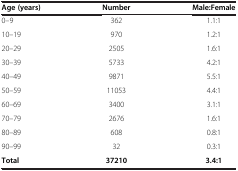
| Age (years) | Number | Male:Female |
 | --- | --- | --- |
 | 0–9 | 362 | 1.1:1 |
 | 10–19 | 970 | 1.2:1 |
 | 20–29 | 2505 | 1.6:1 |
 | 30–39 | 5733 | 4.2:1 |
 | 40–49 | 9871 | 5.5:1 |
 | 50–59 | 11053 | 4.4:1 |
 | 60–69 | 3400 | 3.1:1 |
 | 70–79 | 2676 | 1.6:1 |
 | 80–89 | 608 | 0.8:1 |
 | 90–99 | 32 | 0.3:1 |
 | Total | 37210 | 3.4:1 |